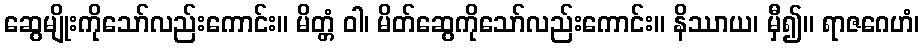
ဆွေမျိုးကိုသော်လည်းကောင်း။ မိတ္တံ ဝါ၊ မိတ်ဆွေကိုသော်လည်းကောင်း။ နိဿာယ၊ မှီ၍။ ရာဇဂေဟံ၊